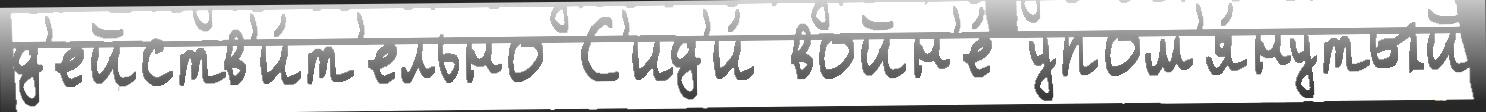
д'ейств'и́т'ельно С'ид'и́ войн'е́ упом'я́нутый